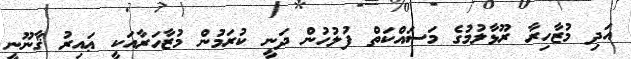
އަދި މުޒާހިރާ ރޫޅާލުމުގެ މަސައްކަތް ފުލުހުން ދަނީ ކުރަމުން މުޒާހަރާއަކީ ޢައިރު ޤާނޫނީ